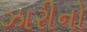
ઝારીનો